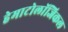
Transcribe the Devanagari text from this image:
हेमाटोलॉजिकल